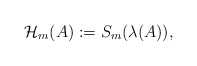
\begin{align*} \mathcal{ H}_m(A):=S_m(\lambda(A)),\end{align*}